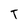
Character: T